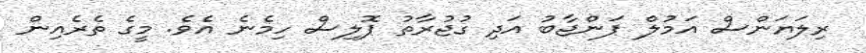
ރިލަޔަންސް އަމުލް ޕަންޖާބު އަދި ގުޖުރާތު ޕޮލިސް ހިމެނެ އެވެ. މީގެ ތެރެއިން